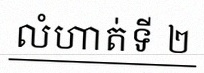
លំហាត់ទី ២